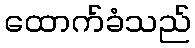
ထောက်ခံသည်